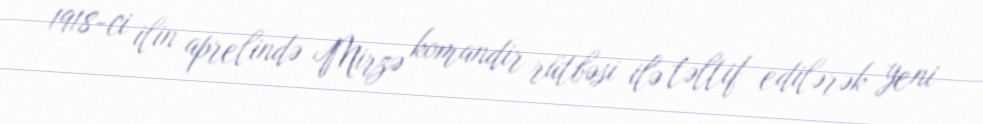
1918-ci ilin aprelində Mirzə komandir rütbəsi ilə təltif edilərək yeni